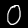
Digit: 0